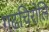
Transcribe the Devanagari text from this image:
गढचिरोलि